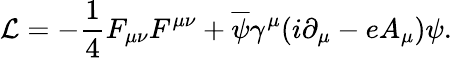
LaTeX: {\cal L}=-{\frac{1}{4}}F_{\mu\nu}F^{\mu\nu}+{\overline{{{\psi}}}}\gamma^{\mu}(i\partial_{\mu}-eA_{\mu})\psi.